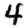
Digit: 4